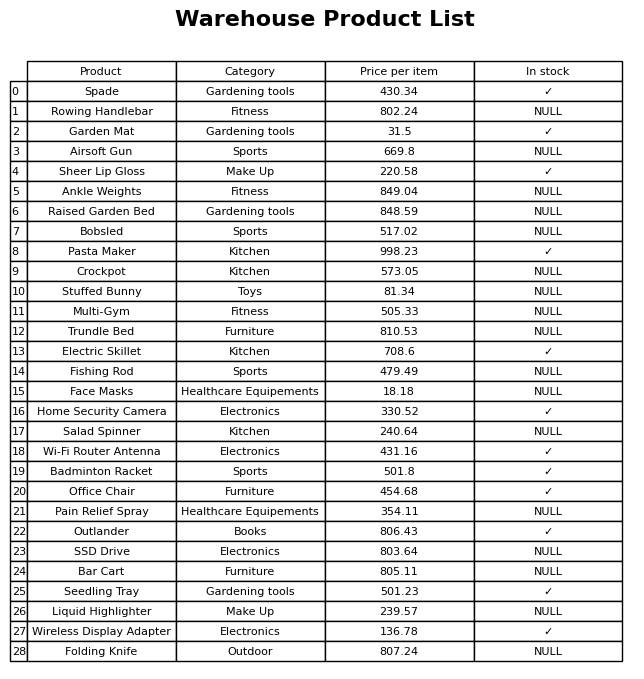
question: What is the price for Fishing Rod?
answer: The price of Fishing Rod is 479.49.